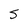
Character: S